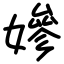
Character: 㜗